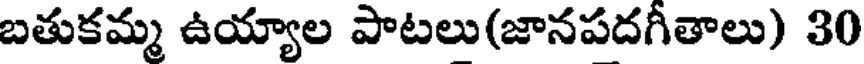
బతుకమ్మ ఉయ్యాల పాటలు(జానపదగీతాలు) 30